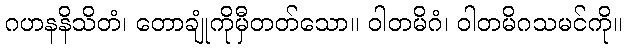
ဂဟနနိသိတံ၊ တောချုံကိုမှီတတ်သော။ ဝါတမိဂံ၊ ဝါတမိဂသမင်ကို။